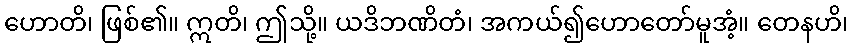
ဟောတိ၊ ဖြစ်၏။ ဣတိ၊ ဤသို့။ ယဒိဘဏိတံ၊ အကယ်၍ဟောတော်မူအံ့။ တေနဟိ၊